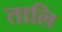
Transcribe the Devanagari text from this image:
तालि